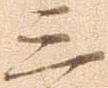
三